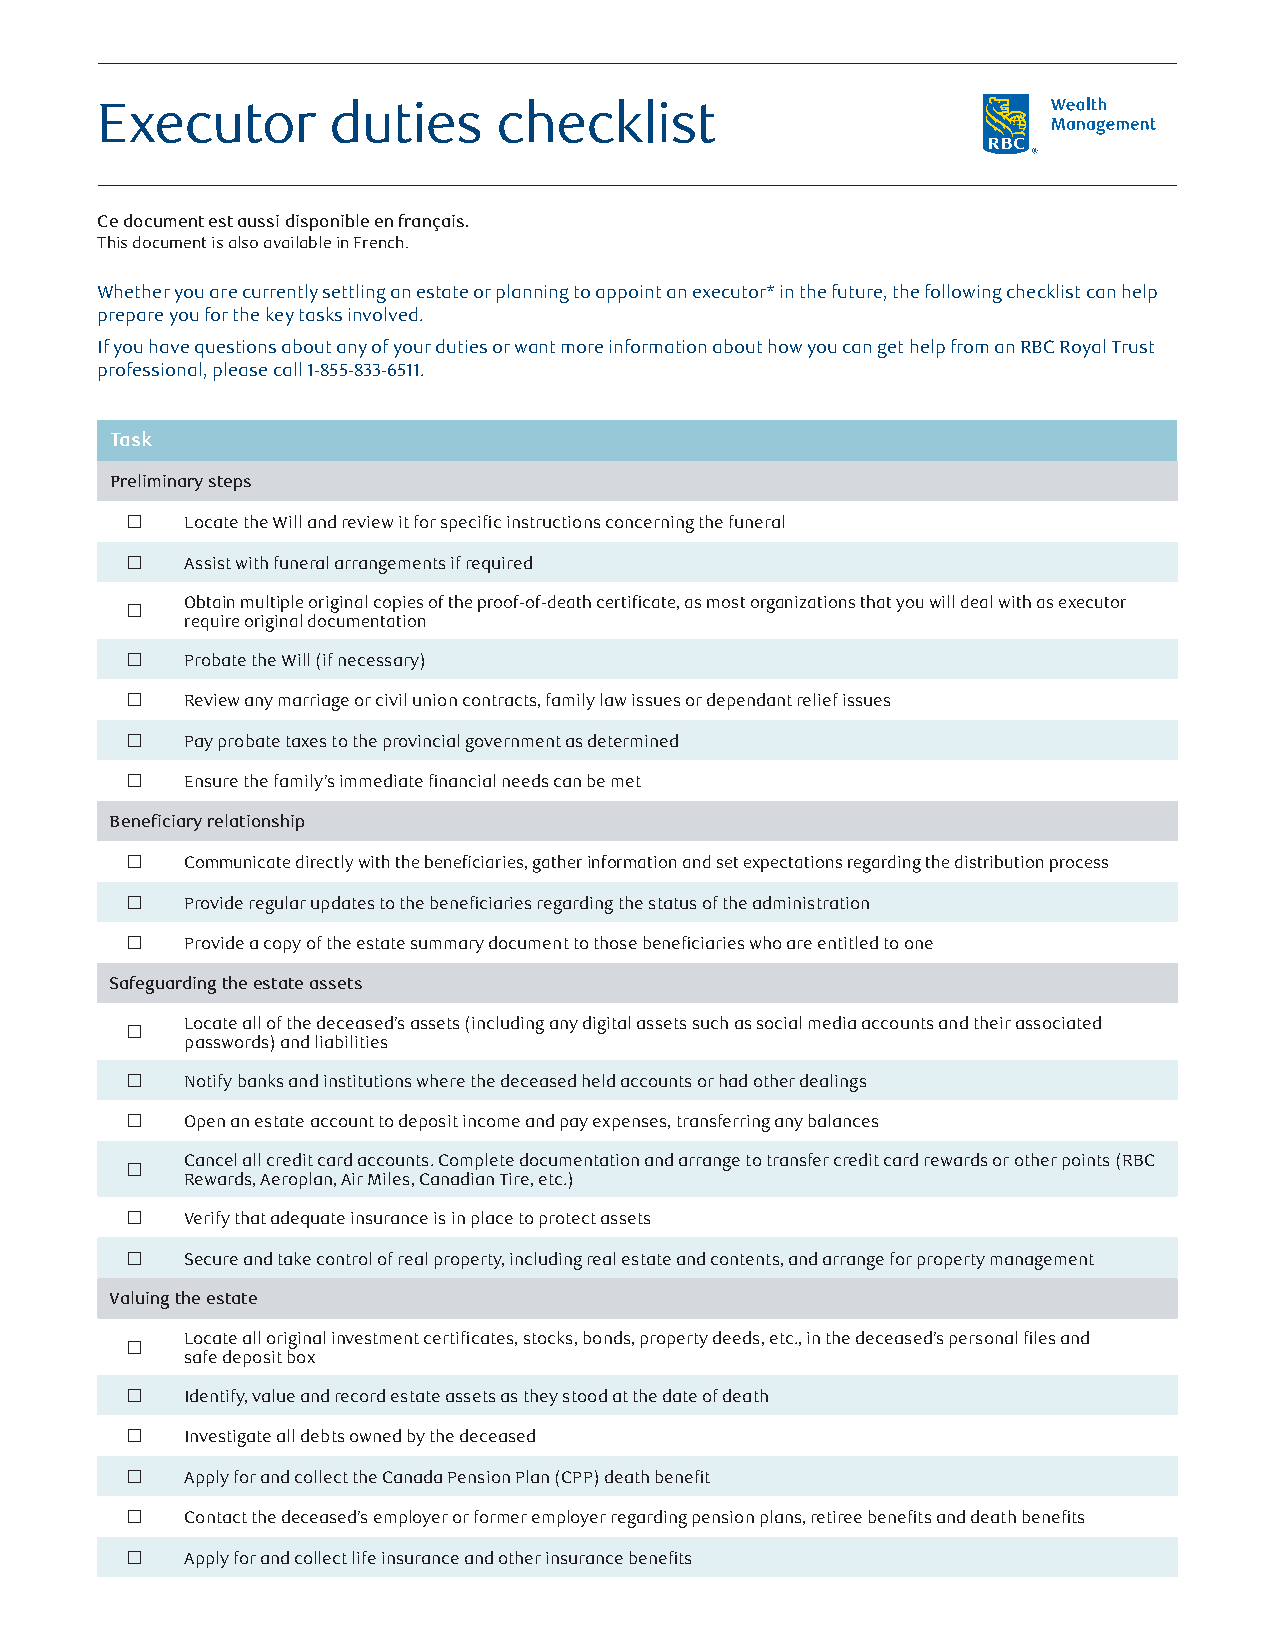
Executor        duties     checklist
 Ce document est aussi disponible en français.
 This document is also available in French.
 Whether you are currently settling an estate or planning to appoint an executor* in the future, the following checklist can help
 prepare you for the key tasks involved.
 If you have questions about any of your duties or want more information about how you can get help from an RBC Royal Trust
 professional, please call 1-855-833-6511.
 Task
 Preliminary steps
    Locate the Will and review it for specific instructions concerning the funeral
    Assist with funeral arrangements if required
 Obtain multiple original copies of the proof-of-death certificate, as most organizations that you will deal with as executor
 
 require original documentation
    Probate the Will (if necessary)
    Review any marriage or civil union contracts, family law issues or dependant relief issues
    Pay probate taxes to the provincial government as determined
    Ensure the family’s immediate financial needs can be met
 Beneficiary relationship
    Communicate directly with the beneficiaries, gather information and set expectations regarding the distribution process
    Provide regular updates to the beneficiaries regarding the status of the administration
    Provide a copy of the estate summary document to those beneficiaries who are entitled to one
 Safeguarding the estate assets
 Locate all of the deceased’s assets (including any digital assets such as social media accounts and their associated
 
 passwords) and liabilities
    Notify banks and institutions where the deceased held accounts or had other dealings
    Open an estate account to deposit income and pay expenses, transferring any balances
 Cancel all credit card accounts. Complete documentation and arrange to transfer credit card rewards or other points (RBC
 
 Rewards, Aeroplan, Air Miles, Canadian Tire, etc.)
    Verify that adequate insurance is in place to protect assets
    Secure and take control of real property, including real estate and contents, and arrange for property management
 Valuing the estate
 Locate all original investment certificates, stocks, bonds, property deeds, etc., in the deceased’s personal files and
 
 safe deposit box
    Identify, value and record estate assets as they stood at the date of death
    Investigate all debts owned by the deceased
    Apply for and collect the Canada Pension Plan (CPP) death benefit
    Contact the deceased’s employer or former employer regarding pension plans, retiree benefits and death benefits
    Apply for and collect life insurance and other insurance benefits